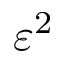
\varepsilon ^ { 2 }